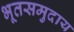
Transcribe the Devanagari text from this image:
भूतसमुदाय